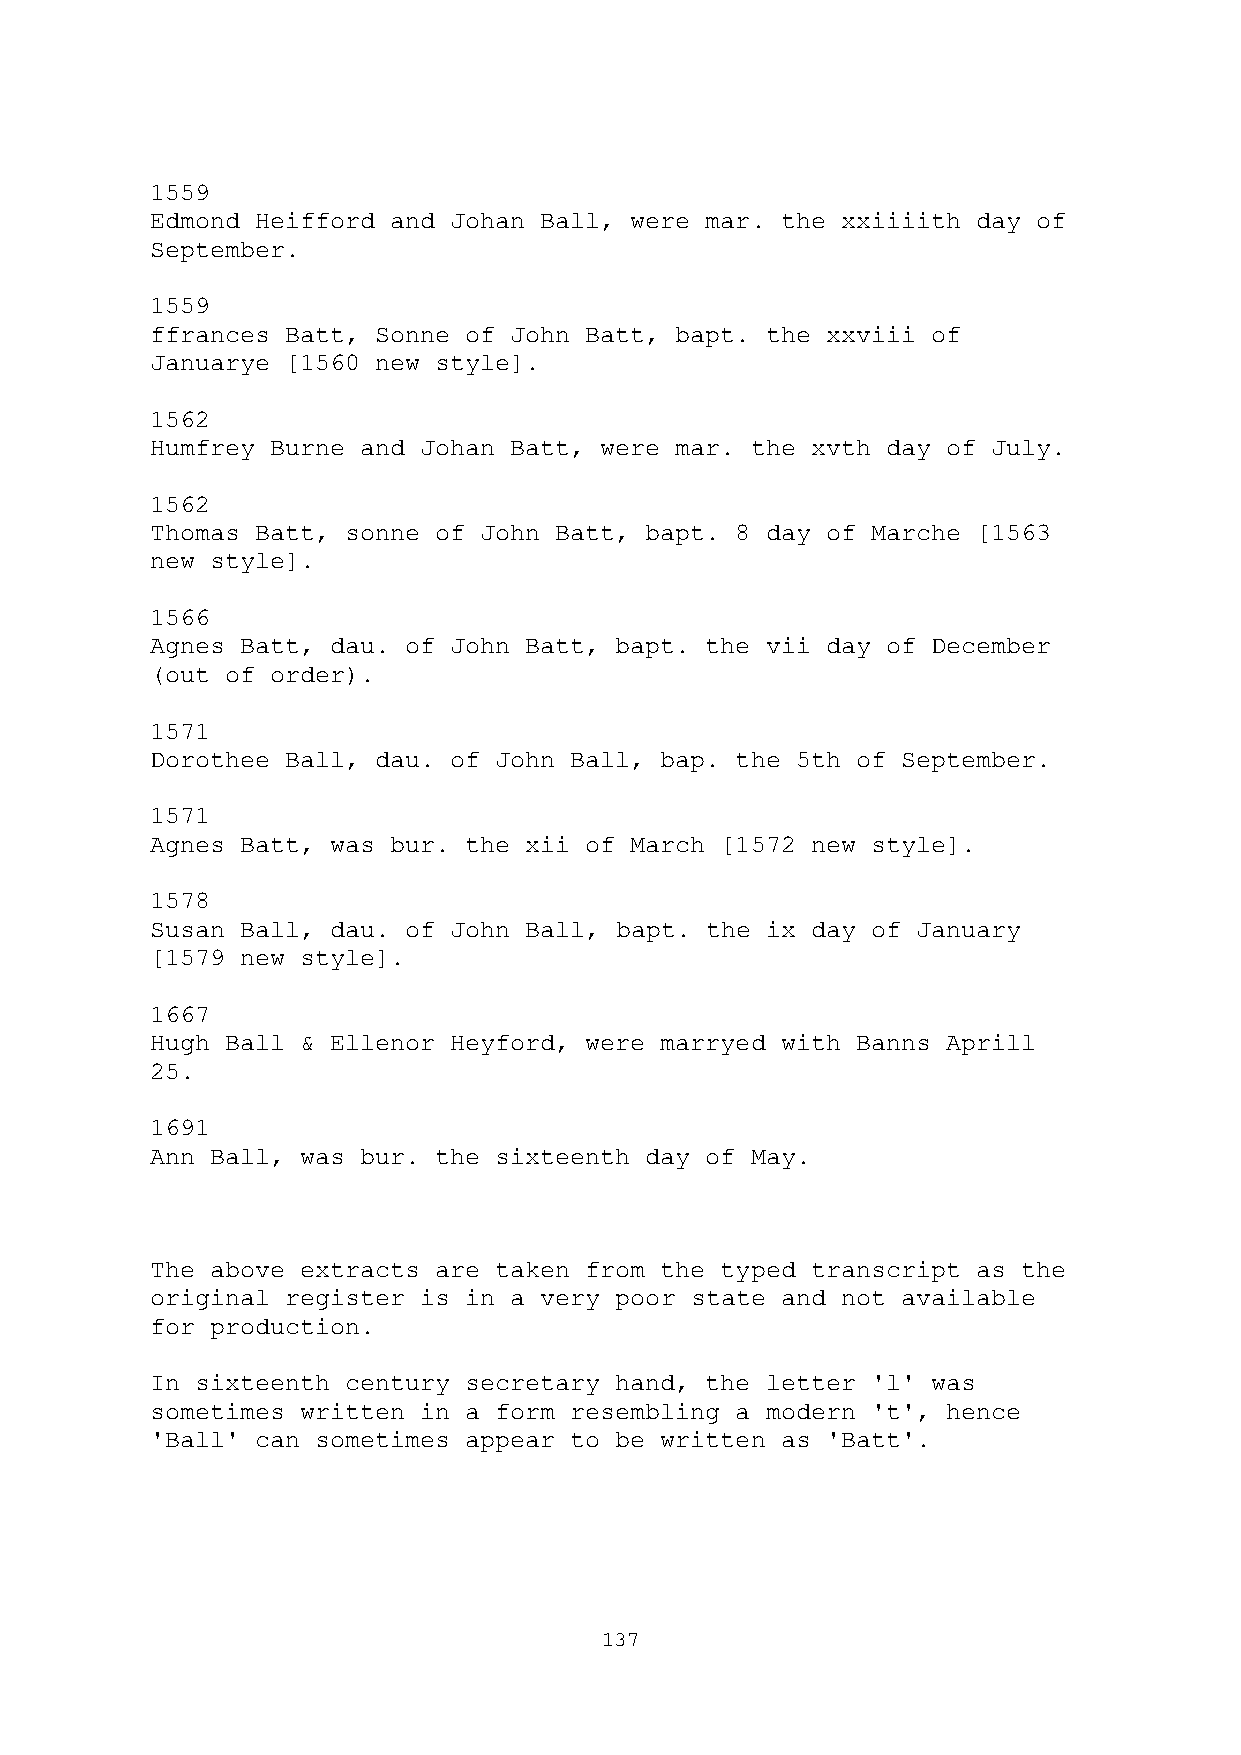
1559
 Edmond Heifford and Johan Ball, were mar. the xxiiiith day of
 September.
 1559
 ffrances Batt, Sonne of John Batt, bapt. the xxviii of
 Januarye [1560 new style].
 1562
 Humfrey Burne and Johan Batt, were mar. the xvth day of July.
 1562
 Thomas Batt, sonne of John Batt, bapt. 8 day of Marche [1563
 new style].
 1566
 Agnes Batt, dau. of John Batt, bapt. the vii day of December
 (out of order).
 1571
 Dorothee Ball, dau. of John Ball, bap. the 5th of September.
 1571
 Agnes Batt, was bur. the xii of March [1572 new style].
 1578
 Susan Ball, dau. of John Ball, bapt. the ix day of January
 [1579 new style].
 1667
 Hugh Ball & Ellenor Heyford, were marryed with Banns Aprill
 25.
 1691
 Ann Ball, was bur. the sixteenth day of May.
 The above extracts are taken from the typed transcript as the
 original register is in a very poor state and not available
 for production.
 In sixteenth century secretary hand, the letter 'l' was
 sometimes written in a form resembling a modern 't', hence
 'Ball' can sometimes appear to be written as 'Batt'.
 137